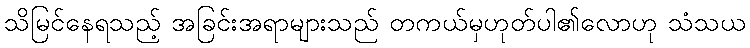
သိမြင်နေရသည့် အခြင်းအရာများသည် တကယ်မှဟုတ်ပါ၏လောဟု သံသယ